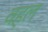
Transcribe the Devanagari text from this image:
वहल